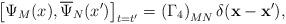
LaTeX: \begin{align*}\left[ \Psi _M(x),\overline{\Psi }_N(x^{\prime })\right]_{t=t^{\prime }}=\left( \Gamma _4\right) _{MN}\delta(\mathbf{x}-\mathbf{x}^{\prime }) ,\end{align*}